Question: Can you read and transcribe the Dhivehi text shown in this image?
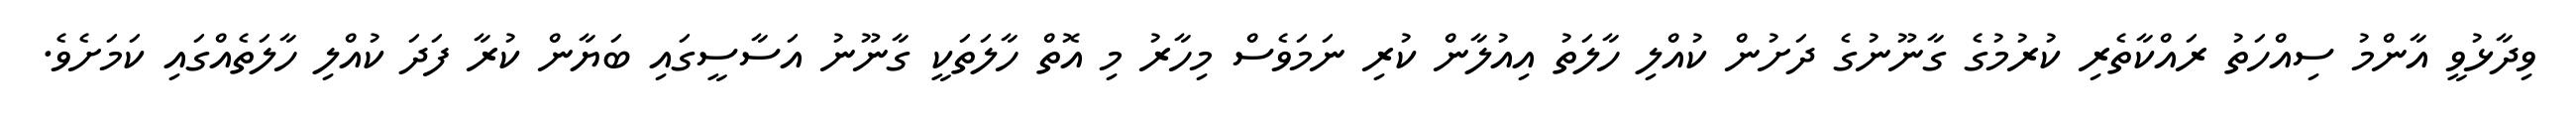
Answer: ވިދާޅުވީ އާންމު ސިއްހަތު ރައްކާތެރި ކުރުމުގެ ގާނޫނުގެ ދަށުން ކުއްލި ހާލަތު އިއުލާން ކުރި ނަމަވެސް މިހާރު މި އޮތް ހާލަތަކީ ގާނޫނު އަސާސީގައި ބަޔާން ކުރާ ފަދަ ކުއްލި ހާލަތެއްގައި ކަމަށެވެ.